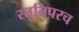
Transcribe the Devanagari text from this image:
स्तुतिपरच